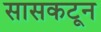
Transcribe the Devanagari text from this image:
सासकटून